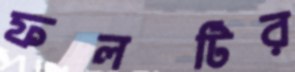
ফলটির